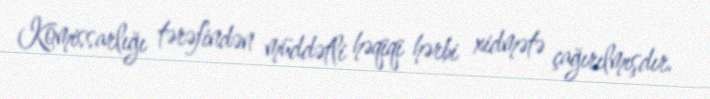
Komissarlığı tərəfindən müddətli həqiqi hərbi xidmətə çağırılmışdır.